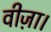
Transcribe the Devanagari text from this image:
वीज़ा।